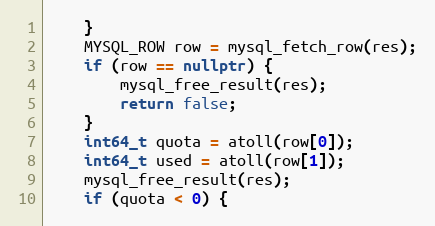
Language: C++
    }
    MYSQL_ROW row = mysql_fetch_row(res);
    if (row == nullptr) {
        mysql_free_result(res);
        return false;
    }
    int64_t quota = atoll(row[0]);
    int64_t used = atoll(row[1]);
    mysql_free_result(res);
    if (quota < 0) {